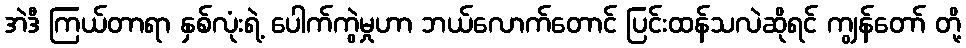
အဲဒီ ကြယ်တာရာ နှစ်လုံးရဲ့ ပေါက်ကွဲမှုဟာ ဘယ်လောက်တောင် ပြင်းထန်သလဲဆိုရင် ကျွန်တော် တို့